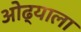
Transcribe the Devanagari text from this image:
ओढ्याला